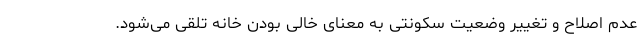
عدم اصلاح و تغییر وضعیت سکونتی به معنای خالی بودن خانه تلقی می‌شود.